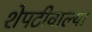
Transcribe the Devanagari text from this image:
शेपटीवाल्या